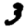
Digit: 3